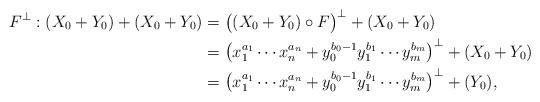
LaTeX: \begin{align*} F^{\perp} :(X_0+Y_0) + (X_0+Y_0) & = \big((X_0+Y_0)\circ F\big)^{\perp} + (X_0+Y_0) \\ & = \left(x_1^{a_1}\cdots x_n^{a_n} + y_0^{b_0-1} y_1^{b_1}\cdots y_m^{b_m}\right)^{\perp} + (X_0+Y_0)\\ & = \left(x_1^{a_1}\cdots x_n^{a_n} + y_0^{b_0-1} y_1^{b_1}\cdots y_m^{b_m}\right)^{\perp} +(Y_0),\end{align*}